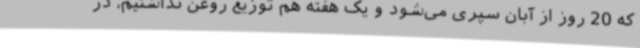
که 20 روز از آبان سپری می‌شود و یک هفته هم توزیع روغن نداشتیم، در